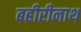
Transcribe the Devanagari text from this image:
बहीरीनाथ